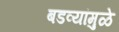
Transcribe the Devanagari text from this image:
बडव्यांमुळे